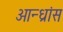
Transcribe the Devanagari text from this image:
आन्ध्रांस